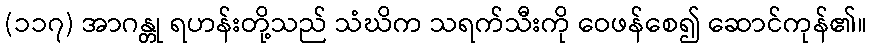
(၁၁၇) အာဂန္တု ရဟန်းတို့သည် သံဃိက သရက်သီးကို ဝေဖန်စေ၍ ဆောင်ကုန်၏။